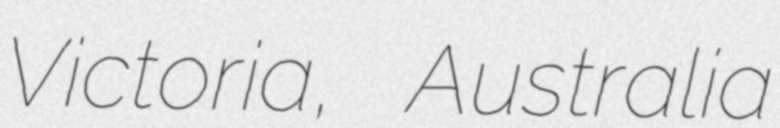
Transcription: Victoria, Australia